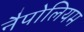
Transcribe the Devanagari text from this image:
नैपोलियम